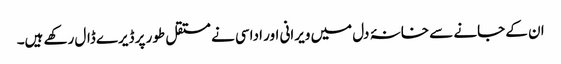
ان کے جانے سے خانۂ دل میں ویرانی اور اداسی نے مستقل طور پر ڈیرے ڈال رکھے ہیں۔